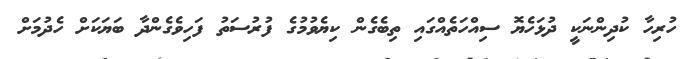
ހުރިހާ ކުދިންނަކީ ދުޅަހެޔޮ ސިއްހަތެއްގައި ތިބެގެން ކިޔެވުމުގެ ފުރުސަތު ފަހިވެގެންދާ ބަޔަކަށް ހެދުމަށް